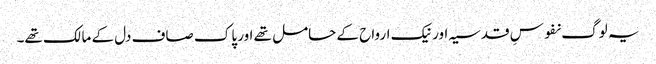
یہ لوگ نفوسِ قدسیہ اور نیک ارواح کے حامل تھے اور پاک صاف دل کے مالک تھے۔